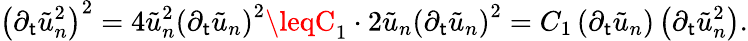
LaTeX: \left(\partial_{\mathsf{t}}\tilde{{u}}_{n}^{2}\right)^{2}=4\tilde{{u}}_{n}^{2}\left(\partial_{\mathsf{t}}\tilde{{u}}_{n}\right)^{2}\leqC_{1}\cdot2\tilde{{u}}_{n}\left(\partial_{\mathsf{t}}\tilde{{u}}_{n}\right)^{2}=C_{1}\left(\partial_{\mathsf{t}}\tilde{{u}}_{n}\right)\left(\partial_{\mathsf{t}}\tilde{{u}}_{n}^{2}\right).